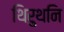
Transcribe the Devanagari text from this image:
थिरुथनि